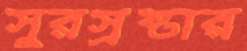
সুরস্রষ্টার